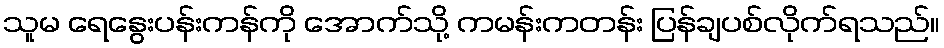
သူမ ရေနွေးပန်းကန်ကို အောက်သို့ ကမန်းကတန်း ပြန်ချပစ်လိုက်ရသည်။